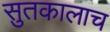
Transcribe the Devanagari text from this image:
सुतकालाच